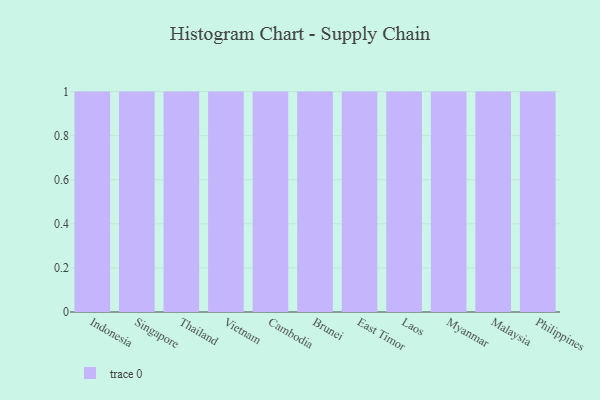
{"axis": {"x": "Country", "y": "Shipments"}, "legend": [""], "data": [{"x": "Indonesia", "y": 14, "type": ""}, {"x": "Singapore", "y": 45, "type": ""}, {"x": "Thailand", "y": 59, "type": ""}, {"x": "Vietnam", "y": 76, "type": ""}, {"x": "Cambodia", "y": 88, "type": ""}, {"x": "Brunei", "y": 98, "type": ""}, {"x": "East Timor", "y": 30, "type": ""}, {"x": "Laos", "y": 33, "type": ""}, {"x": "Myanmar", "y": 43, "type": ""}, {"x": "Malaysia", "y": 68, "type": ""}, {"x": "Philippines", "y": 47, "type": ""}]}